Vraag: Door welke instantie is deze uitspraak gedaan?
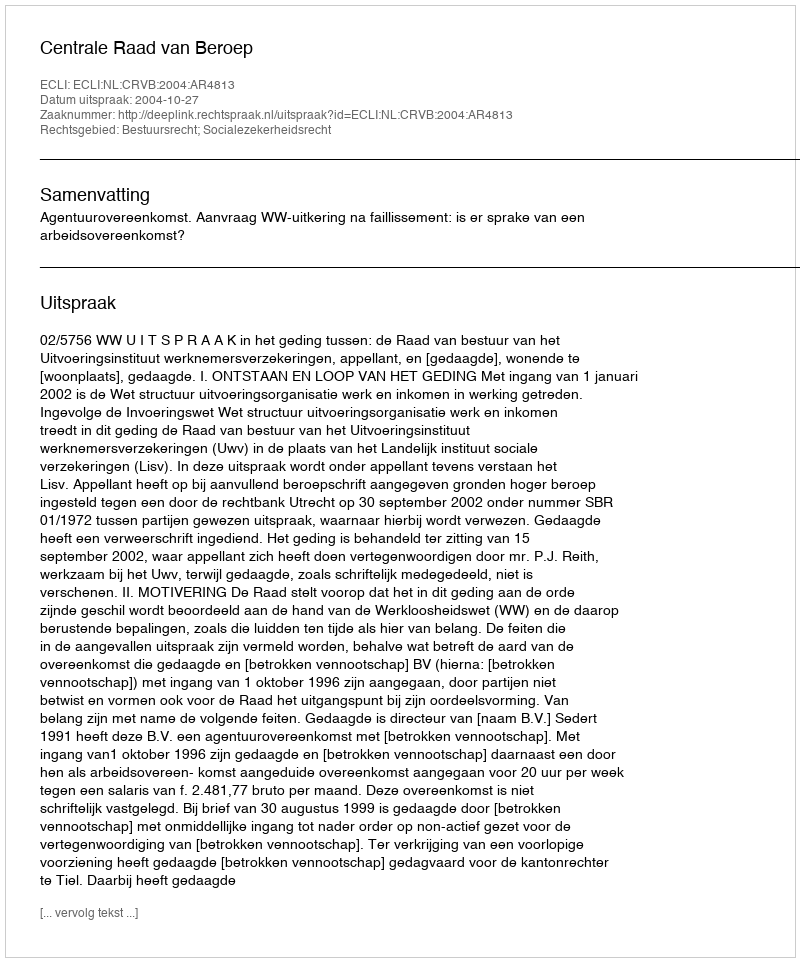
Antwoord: Centrale Raad van Beroep